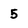
Character: 5